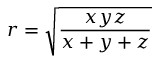
r = { \sqrt { \frac { x y z } { x + y + z } } }